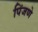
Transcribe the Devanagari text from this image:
पिंजणे